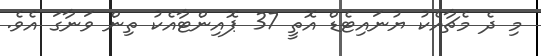
މި ދެ މެޗާއެކު ޔުނައިޓެޑް އޮތީ 37 ޕޮއިންޓާއެކު ތިން ވަނާގަ އެވެ.